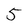
Character: 5